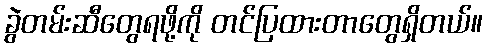
ခွဲတမ်းဆီတွေရဖို့ကို တင်ပြထားတာတွေရှိတယ်။